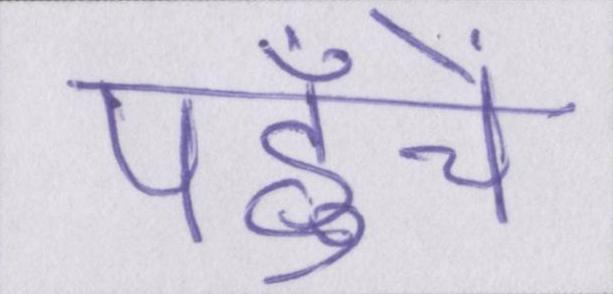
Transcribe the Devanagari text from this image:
पहुँचें